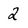
Character: 2